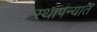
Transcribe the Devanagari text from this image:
स्थापन्यात